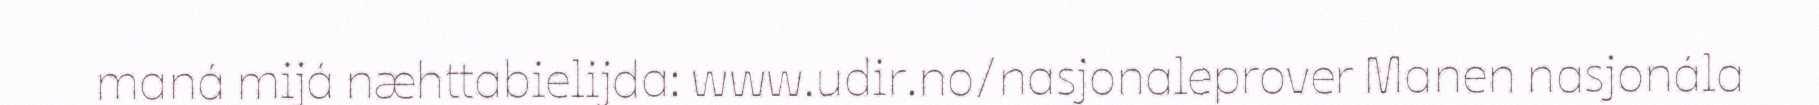
maná mijá næhttabielijda: www.udir.no/nasjonaleprover Manen nasjonála